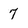
Character: 7